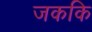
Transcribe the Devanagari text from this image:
जककि